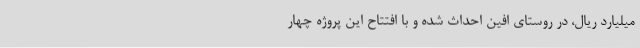
میلیارد ریال، در روستای افین احداث شده و با افتتاح این پروژه چهار